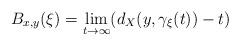
LaTeX: \begin{align*} B_{x,y}(\xi)=\lim_{t\rightarrow \infty}(d_X(y,\gamma_\xi(t))-t)\end{align*}